Civil Veterinary Dept. Bombay admin report 1893-99 - 1893-1899
Year: 1893
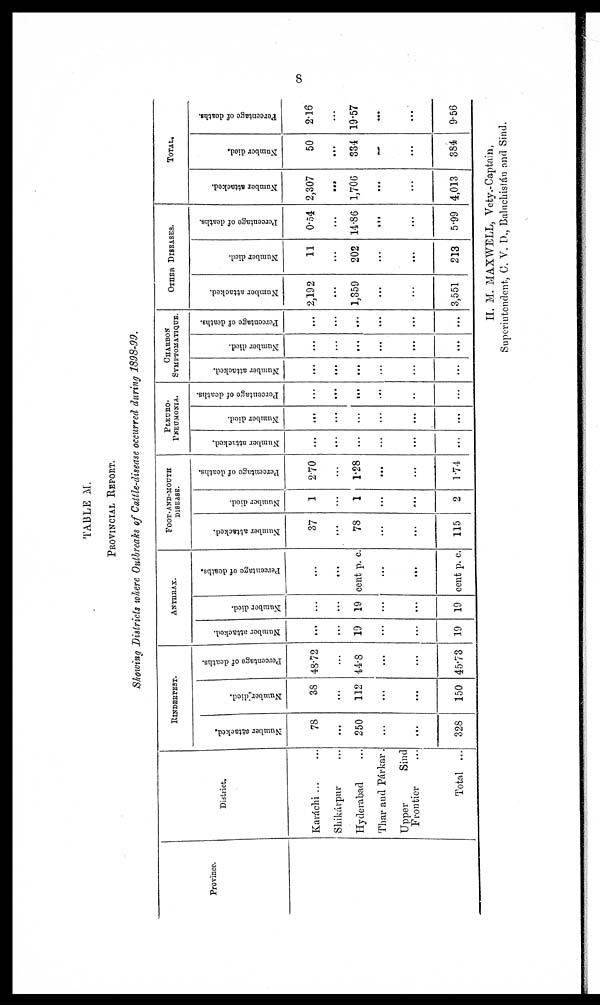
8
TABLE M.
PROVINCIAL REPORT.
Showing Districts where Outbreaks of Cattle-disease occurred during 1898-99.
Province.
District.
Karáchi ... ...
Shikárpur ...
Hyderabad
Thar and Párkar.
Upper
Sind
Frontier
Total ...
RINDERPEST.
Number attacked.
78
...
250
...
...
328
Number died.
38
...
112
...
...
150
Percentage of deaths.
48.72
...
44.8
...
...
45.73
ANTHRAX.
Number attacked.
...
...
19
...
...
19
Number died.
...
19
...
...
19
Percentage of deaths.
...
...
cent p. c.
...
...
cent p. c.
FOOT.AND-MOUTH
DISEASE.
Number attacked.
37
...
78
...
...
115
Number died.
1
...
1
...
...
2
Percentage of deaths.
2.70
...
1.28
...
...
1.74
PLEURO¬
PNEUMONIA.
Number attacked.
...
...
...
...
...
...
Number died.
...
...
...
...
...
...
Percentage of deaths.
...
...
...
...
...
...
CHARBON
SYMPTOMATIQUE.
Number attacked.
...
...
...
...
...
...
Number died.
...
...
...
...
...
...
Percentage of deaths.
...
...
...
...
...
...
OTHER DISEASES.
Number attacked.
2,192
...
1,359
...
...
3,551
Number died.
11
...
202
...
...
213
Percentage of deaths.
0.54
...
14.86
...
...
5.99
TOTAL.
Number attacked.
2,307
...
1,706
...
...
4,013
Number died.
50
...
334
...
...
384
Percentage of deaths.
2.16
...
19.57
...
...
9.56
H. M. MAXWELL, Vety.-Captain,
Superintendent, C. V. D., Baluchistán and Sind.